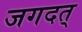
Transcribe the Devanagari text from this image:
जगदत्